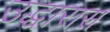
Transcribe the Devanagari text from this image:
उद्धारास